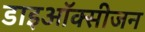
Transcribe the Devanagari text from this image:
डाइऑक्सीजन